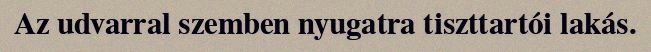
Az udvarral szemben nyugatra tiszttartói lakás.